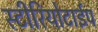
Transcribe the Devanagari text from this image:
स्टीरियोटाईप